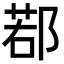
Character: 鄀